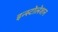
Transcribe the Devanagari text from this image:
इन्स्टोलेशन